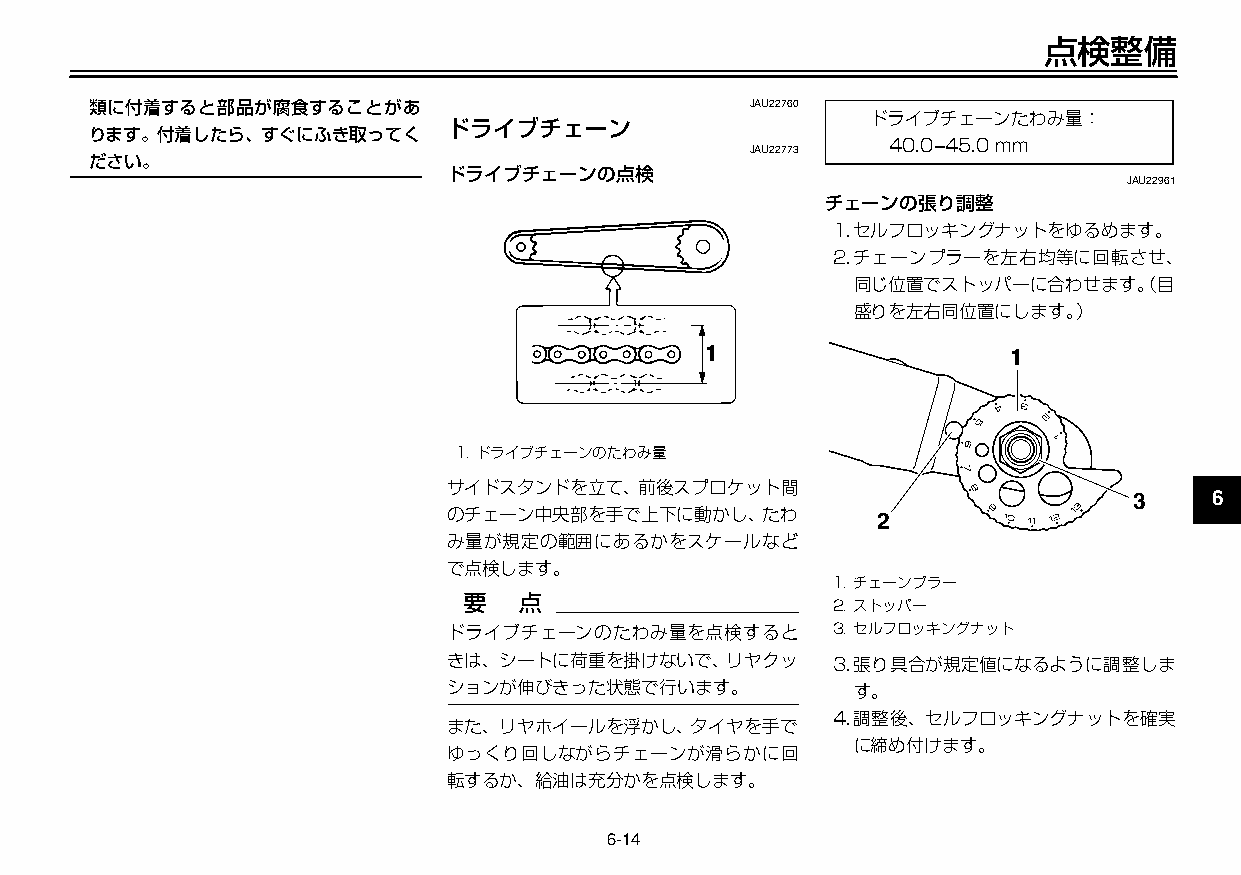
U3C5J7J0 14ページ ２００９年１１月４日 水曜日 午前９時４７分
 点検整備
 類に付着すると部品が腐食することがあ                          JAU22760
 ドライブチェーンたわみ量：
 ドライブチェーン
 ります。付着したら、すぐにふき取ってく
 40.0 –45.0mm
 JAU22773
 ださい。
 ドライブチェーンの点検
 JAU22961
 チェーンの張り調整
 1.セルフロッキングナットをゆるめます。
 2.チェーンプラーを左右均等に回転させ、     2
 同じ位置でストッパーに合わせます。（目
 盛りを左右同位置にします。）         3
 1                   1
 4
 5
 1.ドライブチェーンのたわみ量
 サイドスタンドを立て、前後スプロケット間
 3    6
 のチェーン中央部を手で上下に動かし、たわ        2
 み量が規定の範囲にあるかをスケールなど
 7
 で点検します。
 1.チェーンプラー
 2.ストッパー
 8
 ドライブチェーンのたわみ量を点検すると      3.セルフロッキングナット
 きは、シートに荷重を掛けないで、リヤクッ     3.張り具合が規定値になるように調整しま
 9
 ションが伸びきった状態で行います。          す。
 4.調整後、セルフロッキングナットを確実
 また、リヤホイールを浮かし、タイヤを手で
 に締め付けます。
 ゆっくり回しながらチェーンが滑らかに回
 転するか、給油は充分かを点検します。
 6-14